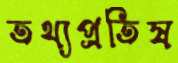
তথ্যপ্রতিষ